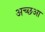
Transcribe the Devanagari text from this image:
अच्छआ